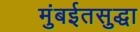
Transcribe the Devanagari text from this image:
मुंबईतसुद्धा